Indian journal of veterinary science and animal husbandry - Volumes 18-21, 1948-1951
Year: 1948
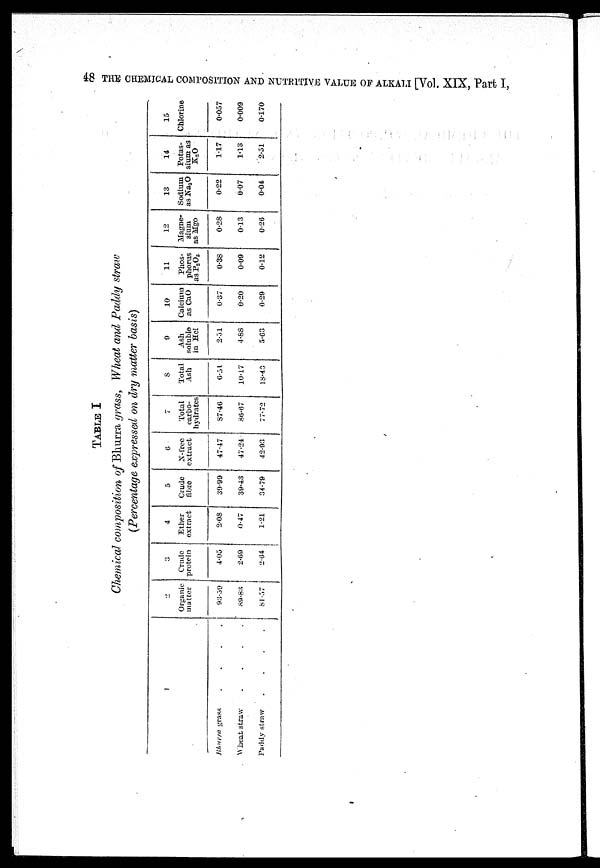
48 THE CHEMICAL COMPOSITION AND NUTRITIVE VALUE OF ALKALI [Vol. XIX, Part I,
TABLE I
Chemical composition of Bhurra grass, Wheat and Paddy straw
(Percentage expressed on dry matter basis)
1
Bhurra grass . . . .
Wheat straw . . . .
Paddy straw . . . .
2
Organic
matter
93.39
89.83
81.57
3
Crude
protein
4.05
2.69
2.64
4
Ether
extract
2.08
0.47
1.21
5
Crude
fibre
30.99
39.43
34.79
6
N-free
extract
47.47
47.24
42.95
7
Total
carbo-
hydrates
87.46
86.67
77.72
8
Total
Ash
6.31
10.17
18.43
9
Ash
soluble
in Hcl
2.31
4.88
5.63
10
Calcium
as CaO
0.37
0.20
0.29
11
Phos-
phorus
as P 2 O 3
0.38
0.09
0.12
Magne-
sium
as Mgo
0.28
0.13
0.26
13
Sodium
as Na 2 O
0.22
0.07
0.04
14
Potas-
sium as
K 2 O
1.17
1.13
2.51
15
Chlorine
0.057
0.009
0.170